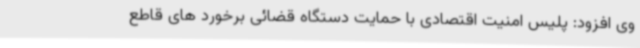
وی افزود: پلیس امنیت اقتصادی با حمایت دستگاه قضائی برخورد های قاطع